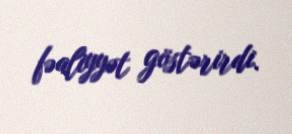
fəaliyyət göstərirdi.